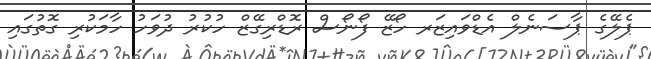
ޕެލޭގެ ޕާސަނެލް އެޑްވައިޒަރ ހޯޒޭ ފޯނޯސް ރޮޑްރިގޭޒް ހުކުރު ދުވަހު ހާމަކުރި ގޮތުގައި